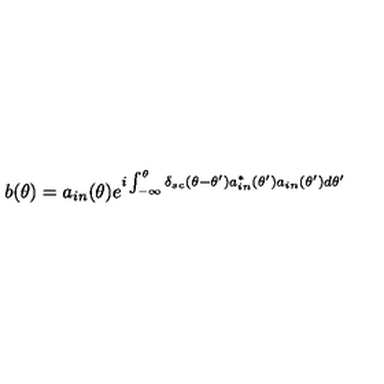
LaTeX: b ( \theta ) = a _ { i n } ( \theta ) e ^ { i \int _ { - \infty } ^ { \theta } \delta _ { s c } ( \theta - \theta ^ { \prime } ) a _ { i n } ^ { * } ( \theta ^ { \prime } ) a _ { i n } ( \theta ^ { \prime } ) d \theta ^ { \prime } }